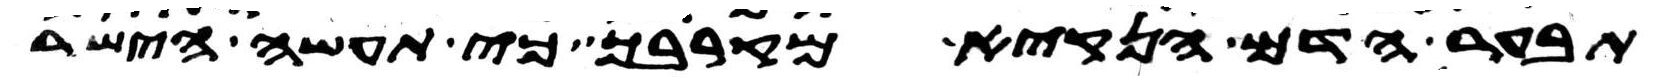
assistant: תבער הדם הנקיא מקרבך כי תעשה הישר